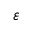
\varepsilon